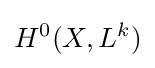
H^{0}(X,L^{k})